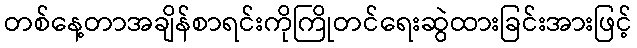
တစ်နေ့တာအချိန်စာရင်းကိုကြိုတင်ရေးဆွဲထားခြင်းအားဖြင့်